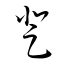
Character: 登